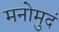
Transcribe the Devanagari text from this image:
मनोमुदं